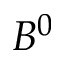
B ^ { 0 }